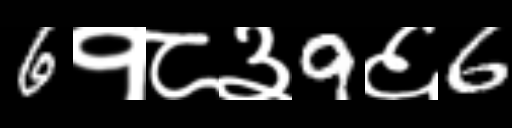
Text: 6१८३9६6